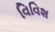
વિવિશ